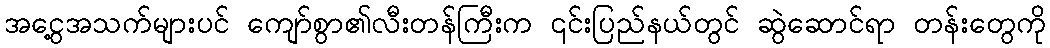
အငွေ့အသက်များပင် ကျော်စွာ၏လီးတန်ကြီးက ၎င်းပြည်နယ်တွင် ဆွဲဆောင်ရာ တန်းတွေကို